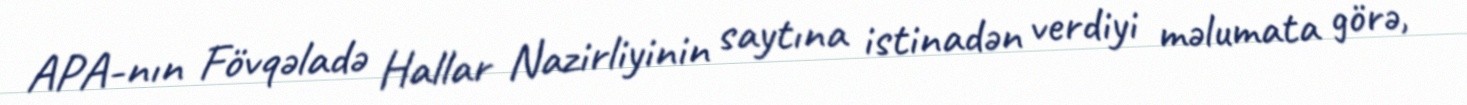
APA-nın Fövqəladə Hallar Nazirliyinin saytına istinadən verdiyi məlumata görə,